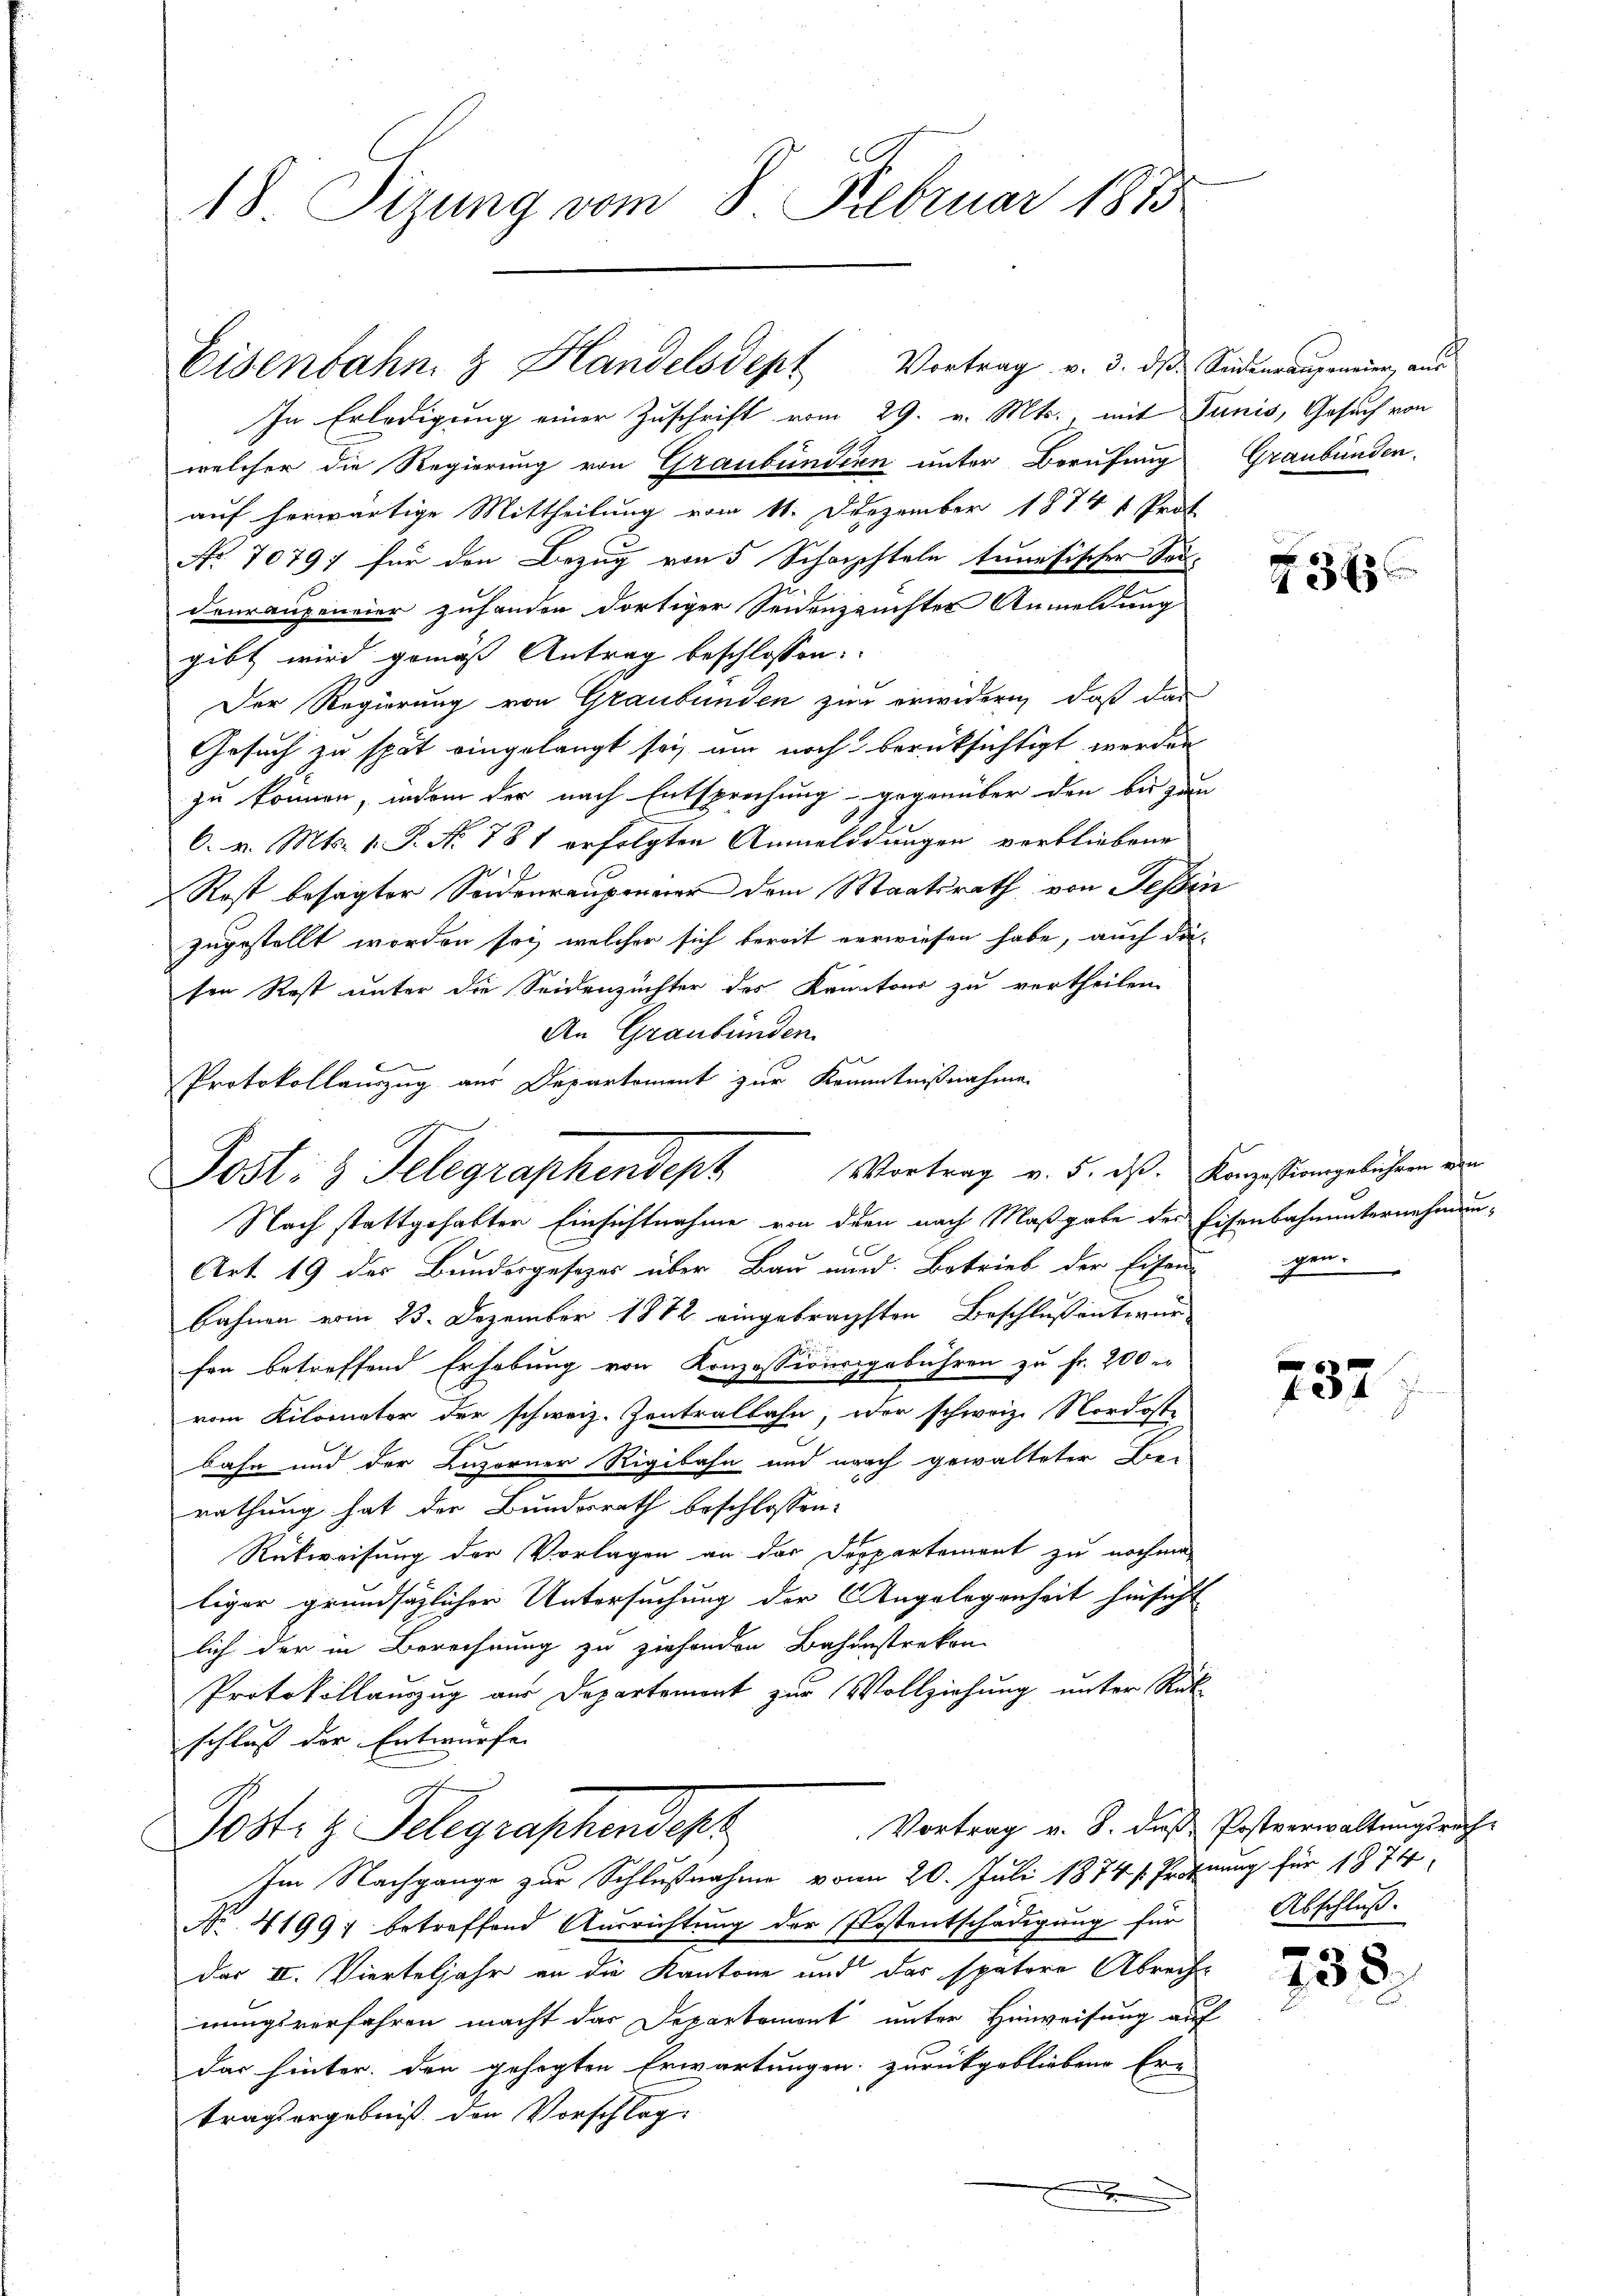
18 Tizung vom 8. Februar 1873

In Erledigung einer Zuschrift vom 29. v. Mts., mit Junis, Gesuch von
welcher die Regierung von Graubünden unter Berufung Graubünden.
auf herwärtige Mittheilung vom 11. Dezember 1874 1 Prof.
No. 70797 für den Bezug von 5 Schachteln tunesischer Sondourangeneier zuhanden dortiger Seidenzeuchter Anmeldung
gibt wird gemäß Antrag beschlossen:
Der Regierung von Graubünden zur erwidern, daß das
Gesuch zu spät eingelangt sei, um noch berücksichtigt werden
zu können, indem der nach Entsprechung gegenüber den bei gan
C. v. Mts. 1. P. No 781 erfolgten Anmeldungen verbliebene
4
Rost besagter Sonenreuperuier dem Staatsrath von Tessin
zugestellt worden sei, welcher sich bereit verwiesen habe, auch diesen Rost unter die Seidenzüchter des Kantons zu vertheilen
An Graubünden.
Protokollauszug aus Departoment zur Kenntnißnahme
Nach stattgehabten Einsichtnahme von dem nach Maßgabe der Eisenbahnunternehmun¬
Art. 19 der Bundesgesezes über Bau und Betrieb der Eisen-
bahnen vom 23. Dezember 1882 eingebrachsten Beschlussentirun
fen betreffend Erhebung von Konzessionsgebühren zu Fr. 200 er
vom Kilomator der schweiz. Zentralbahn, oder schweiz. Nordoste
bahn und der Luzerner Rigibahn und nach gewalteter Be-
rathung hat der Bundesrath beschlossen:
Rückweisung der Vorlagen an das Deppartement zu nochma
liger grundsätzlicher Untersuchung der Angelegenheit hinsicht
lich der in Berechnung zu ziehenden Bahnstreken
Protokollauszug aus Departement zur Vollziehung unter Rück
schluß der Entwurfe. |
Vortrag v. 8. dieß Postverwaltungsrich¬
Postiz Gelegraphendest
Im Nachgange zur Schlußnahme von 20. Juli 1874 / Profnung für 1874
No. 41997 betreffend Ausrichtung der Kostentschädigung für Abschluß.
das II. Vierteljahr an die Kantone und das spätere Abrecht
nungsverfahren macht das Departemont unter Hinweisung auf
das hinter den gehegten Erwartungen zurückgebliebene Er-
tragsergebniß den Vorschlag
.

Eisenbahn & Handelsdept Vortrag v. 3. dβ. Südensangeneier, aŭs

Post- & Gelegraphendeph Vortrag v. 5. dß. Vorgestangelichen der

Z 32

gen.

737

738